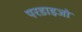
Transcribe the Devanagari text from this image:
परडाइजो